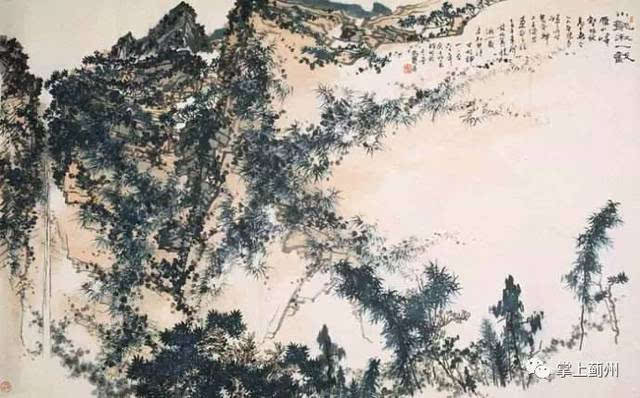
蓟城通漠北，万里别吾乡。